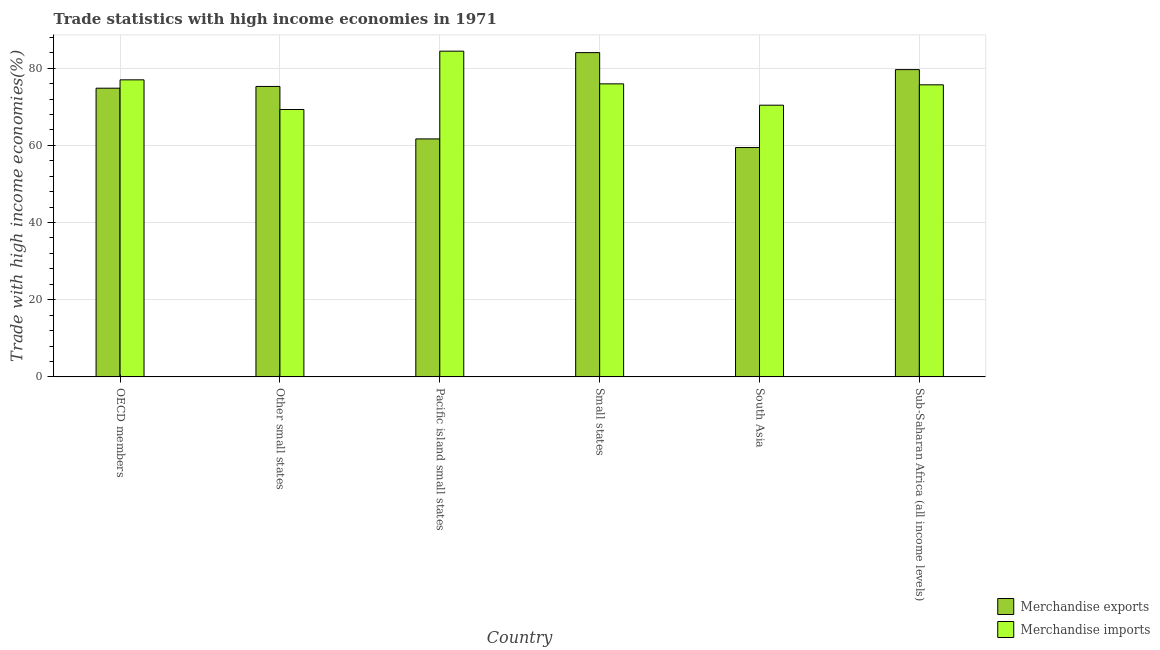
| Country | Merchandise exports | Merchandise imports |
 | --- | --- | --- |
 | OECD members | 74.8 | 77 |
 | Other small states | 75.3 | 69.3 |
 | Pacific island small states | 61.7 | 84.4 |
 | Small states | 84 | 75.9 |
 | South Asia | 59.4 | 70.4 |
 | Sub-Saharan Africa (all income levels) | 79.6 | 75.7 |